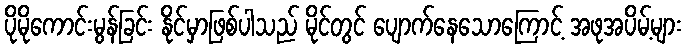
ပိုမိုကောင်းမွန်ခြင်း နိုင်မှာဖြစ်ပါသည် မိုင်တွင် ပျောက်နေသောကြောင့် အဖုအပိမ့်များ